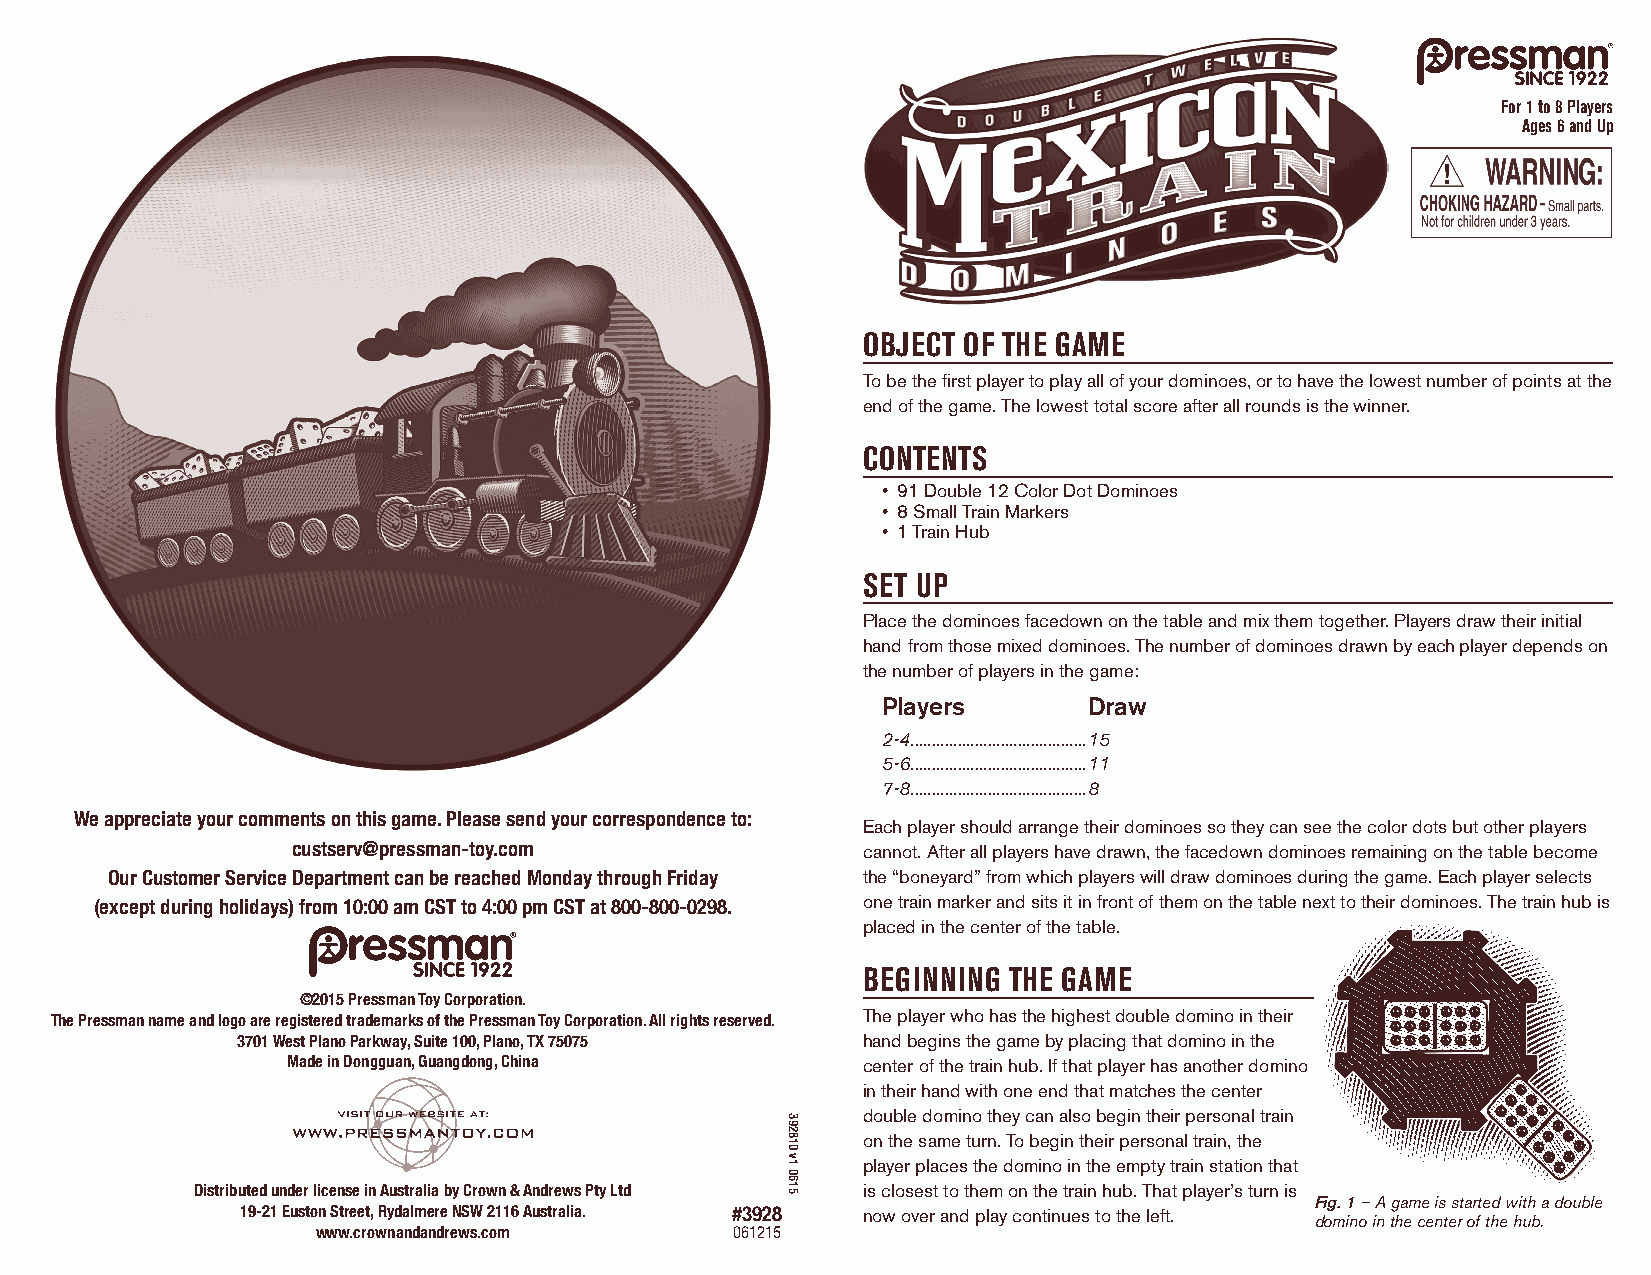
For 1 to 8 Players
 Ages 6 and Up
 OBJECT OF THE GAME
 To be the first player to play all of your dominoes, or to have the lowest number of points at the
 end of the game. The lowest total score after all rounds is the winner.
 CONTENTS
 • 91 Double 12 Color Dot Dominoes
 • 8 Small Train Markers
 • 1 Train Hub
 SET UP
 Place the dominoes facedown on the table and mix them together. Players draw their initial
 hand from those mixed dominoes. The number of dominoes drawn by each player depends on
 the number of players in the game:
 Players       Draw
 2-4 .........................................15
 5-6 .........................................11
 7-8 .........................................8
 We appreciate your comments on this game. Please send your correspondence to:
 Each player should arrange their dominoes so they can see the color dots but other players
 custserv@pressman-toy.com             cannot. After all players have drawn, the facedown dominoes remaining on the table become
 Our Customer Service Department can be reached Monday through Friday the “boneyard” from which players will draw dominoes during the game. Each player selects
 (except during holidays) from 10:00 am CST to 4:00 pm CST at 800-800-0298. one train marker and sits it in front of them on the table next to their dominoes. The train hub is
 placed in the center of the table.
 BEGINNING THE GAME
 ©2015 Pressman Toy Corporation.
 The Pressman name and logo are registered trademarks of the Pressman Toy Corporation. All rights reserved. The player who has the highest double domino in their
 3701 West Plano Parkway, Suite 100, Plano, TX 75075 hand begins the game by placing that domino in the
 Made in Dongguan, Guangdong, China    center of the train hub. If that player has another domino
 in their hand with one end that matches the center
 double domino they can also begin their personal train
 on the same turn. To begin their personal train, the
 player places the domino in the empty train station that
 Distributed under license in Australia by Crown & Andrews Pty Ltd is closest to them on the train hub. That player’s turn is
 Fig. 1 – A game is started with a double
 19-21 Euston Street, Rydalmere NSW 2116 Australia. #3928 now over and play continues to the left.
 domino in the center of the hub.
 www.crownandandrews.com     061215
 392810
 v1
 0615